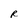
Character: R